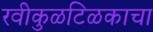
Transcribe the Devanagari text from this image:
रवीकुळटिळकाचा